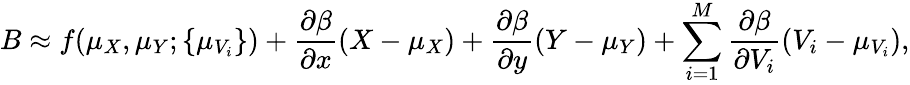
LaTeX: B\approx f(\mu_{X},\mu_{Y};\{ \mu_{V_{i}}\} )+\frac{\partial\beta}{\partial x}(X-\mu_{X})+\frac{\partial\beta}{\partial y}(Y-\mu_{Y})+\sum_{i=1}^{M}\frac{\partial\beta}{\partial V_{i}}(V_{i}-\mu_{V_{i}}),